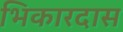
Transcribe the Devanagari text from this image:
भिकारदास